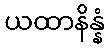
ယထာနိန္နံ